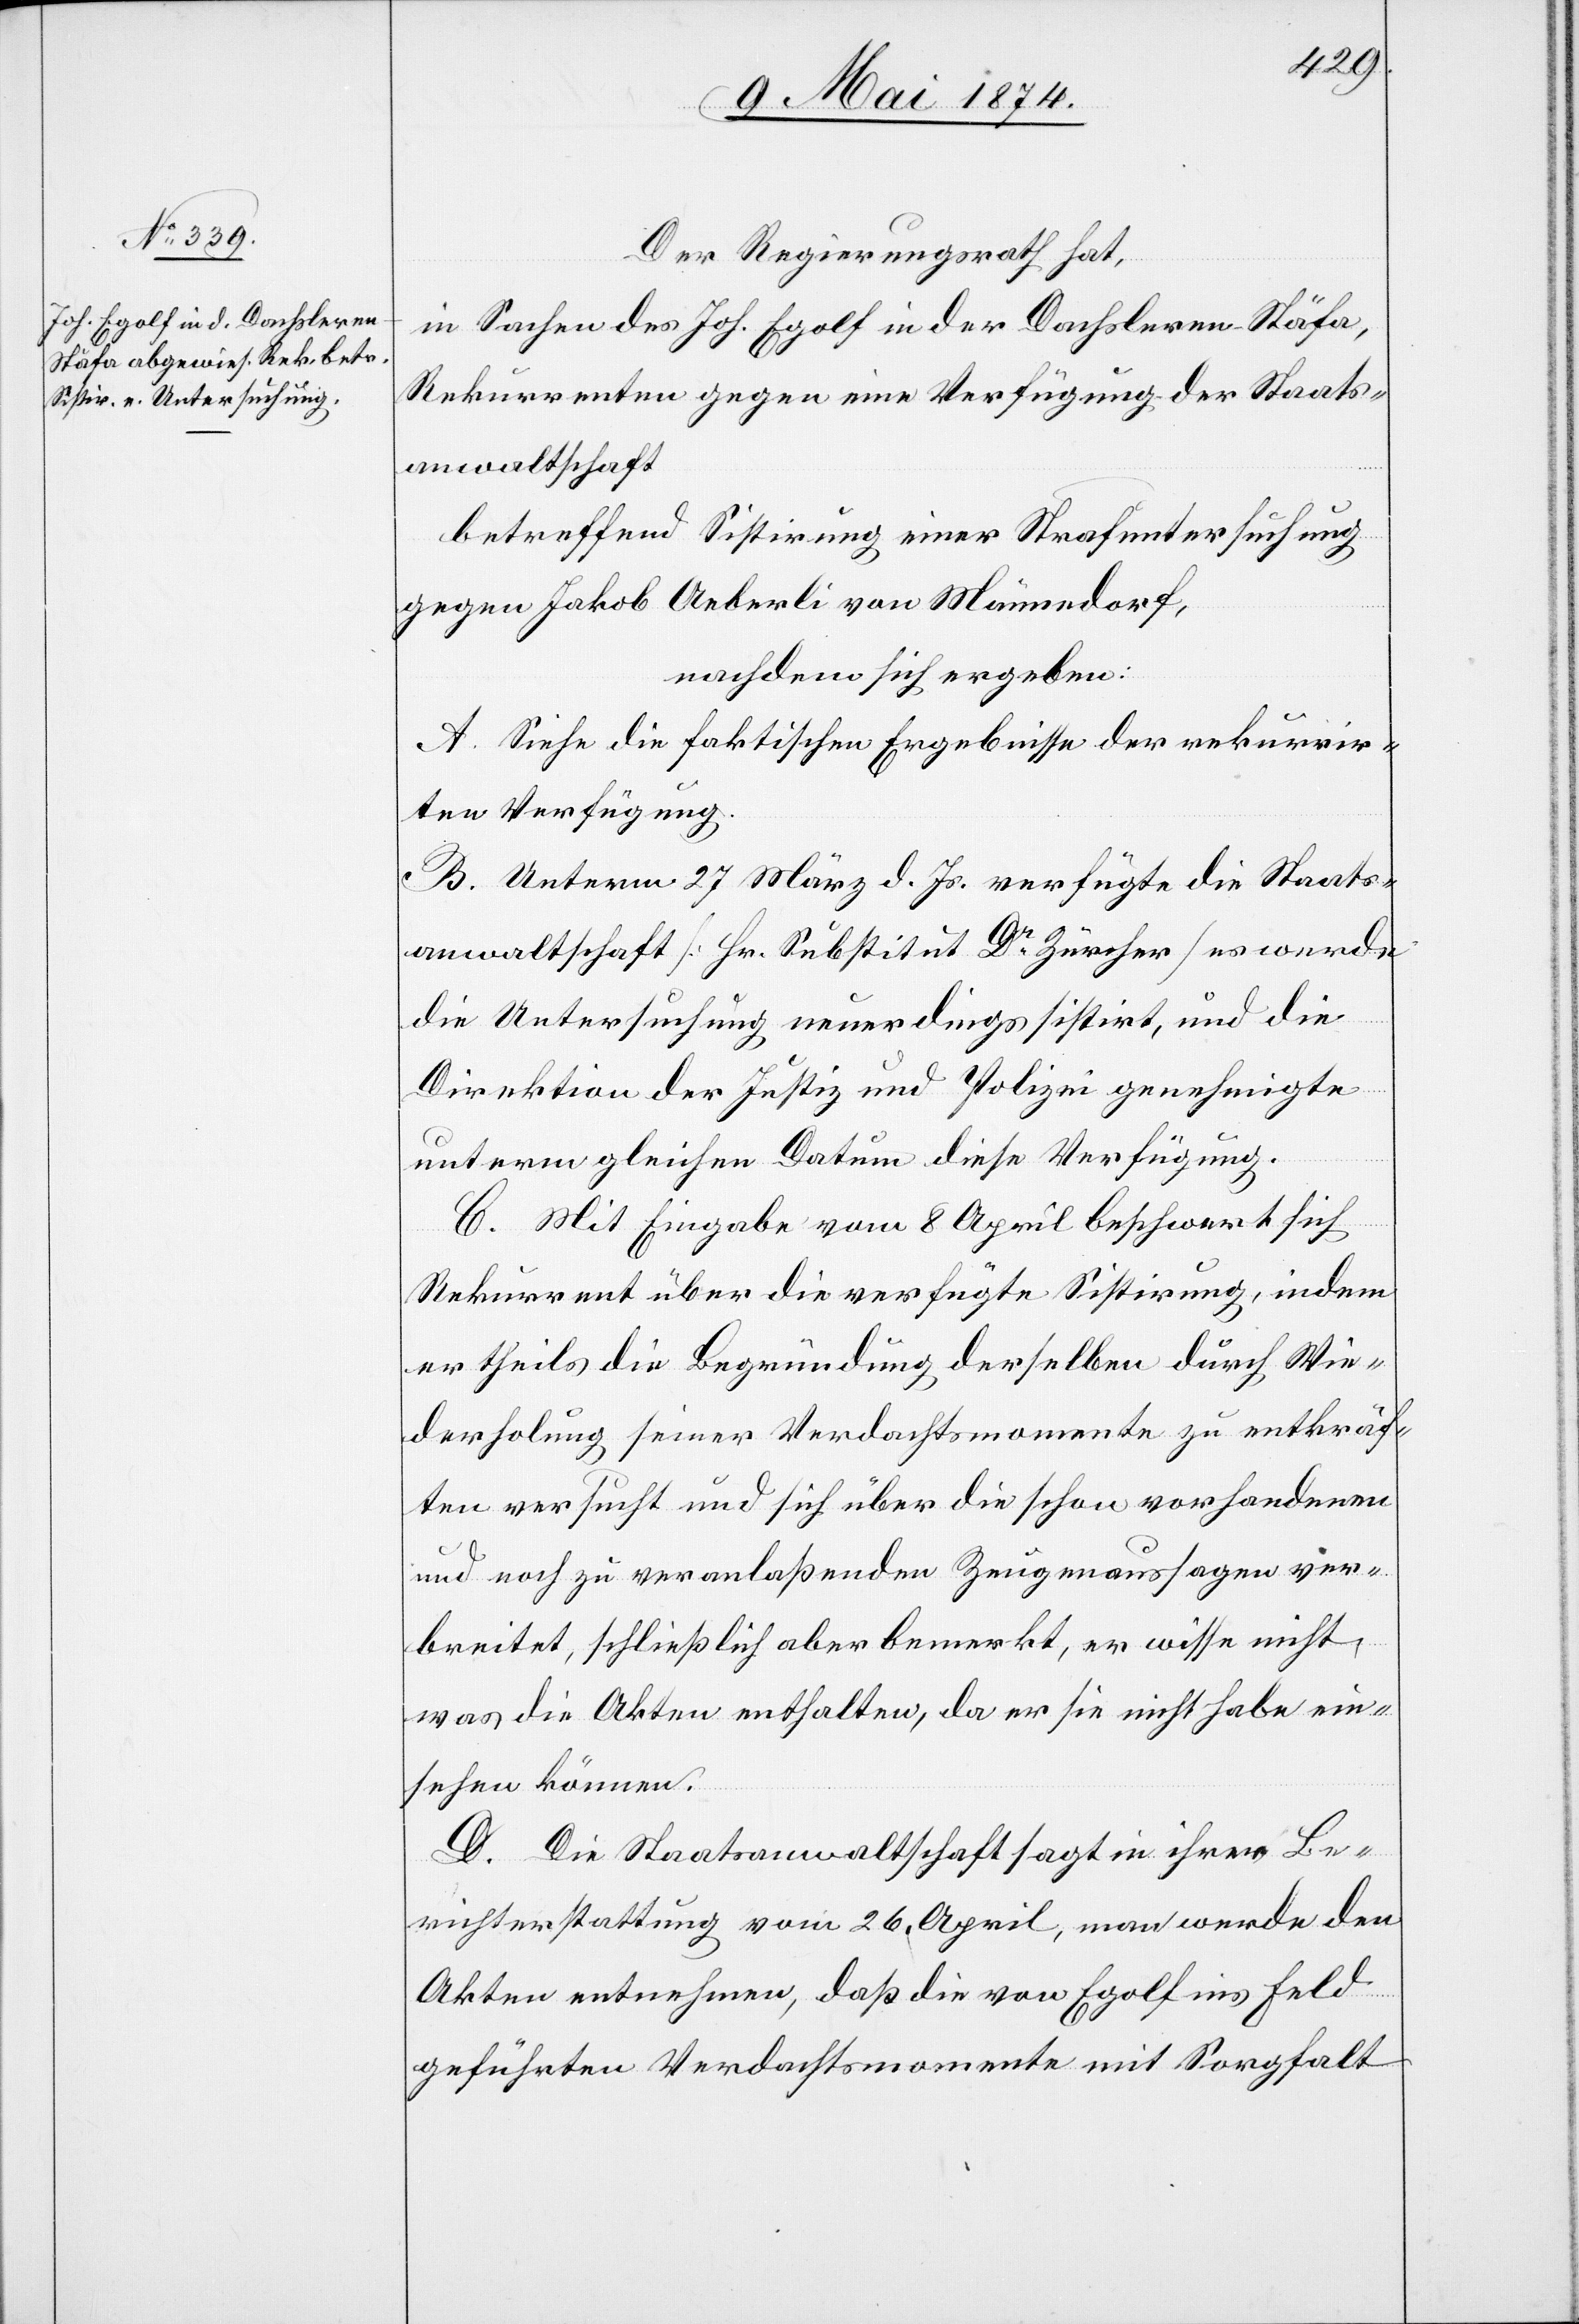
Der Regierungsrath hat,
in Sachen des Joh. Egolf in der Dachsleren-Stäfa,
Rekurrenten gegen eine Verfügung der Staats¬
anwaltschaft
betreffend Sistirung einer Strafuntersuchung
gegen Jakob Aeberli von Männedorf,
nachdem sich ergeben:
A. Siehe die faktischen Ergebnisse der rekurrir¬
ten Verfügung.
B. Unterm 27. März d. Js. verfügte die Staats¬
anwaltschaft [Hr. Substitut Dr Zürcher] es werde
die Untersuchung neuerdings sistirt, und die
Direktion der Justiz und Polizei genehmigte
unterm gleichen Datum diese Verfügung.
C. Mit Eingabe vom 8. April beschwert sich
Rekurrent über die verfügte Sistirung, indem
er theils die Begründung derselben durch Wie¬
derholung seiner Verdachtsmomente zu entkräf¬
ten versucht und sich über die schon vorhandenen
und noch zu veranlaßenden Zeugenaussagen ver¬
breitet, schließlich aber bemerkt, er wisse nicht,
was die Akten enthalten, da er sie nicht habe ein¬
sehen können.
D. Die Staatsanwaltschaft sagt in ihrer Be¬
richterstattung vom 26. April, man werde den
Akten entnehmen, daß die von Egolf ins Feld
geführten Verdachtsmomente mit Sorgfalt